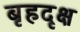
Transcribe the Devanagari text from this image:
बृहदृक्ष